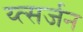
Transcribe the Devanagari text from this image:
य्त्सर्जन